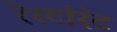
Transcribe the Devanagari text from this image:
रेस्टांरंट